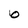
Character: b